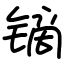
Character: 镝